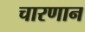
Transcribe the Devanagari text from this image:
चारणान